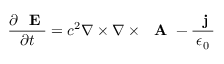
\frac { \partial \mathrm { ~ \bf ~ E ~ } } { \partial t } = c ^ { 2 } \nabla \times \nabla \times \mathrm { ~ \bf ~ A ~ } - \frac { \mathrm { ~ \bf ~ j ~ } } { \epsilon _ { 0 } }